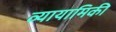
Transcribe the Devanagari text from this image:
व्यायामिकी